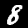
Digit: 8